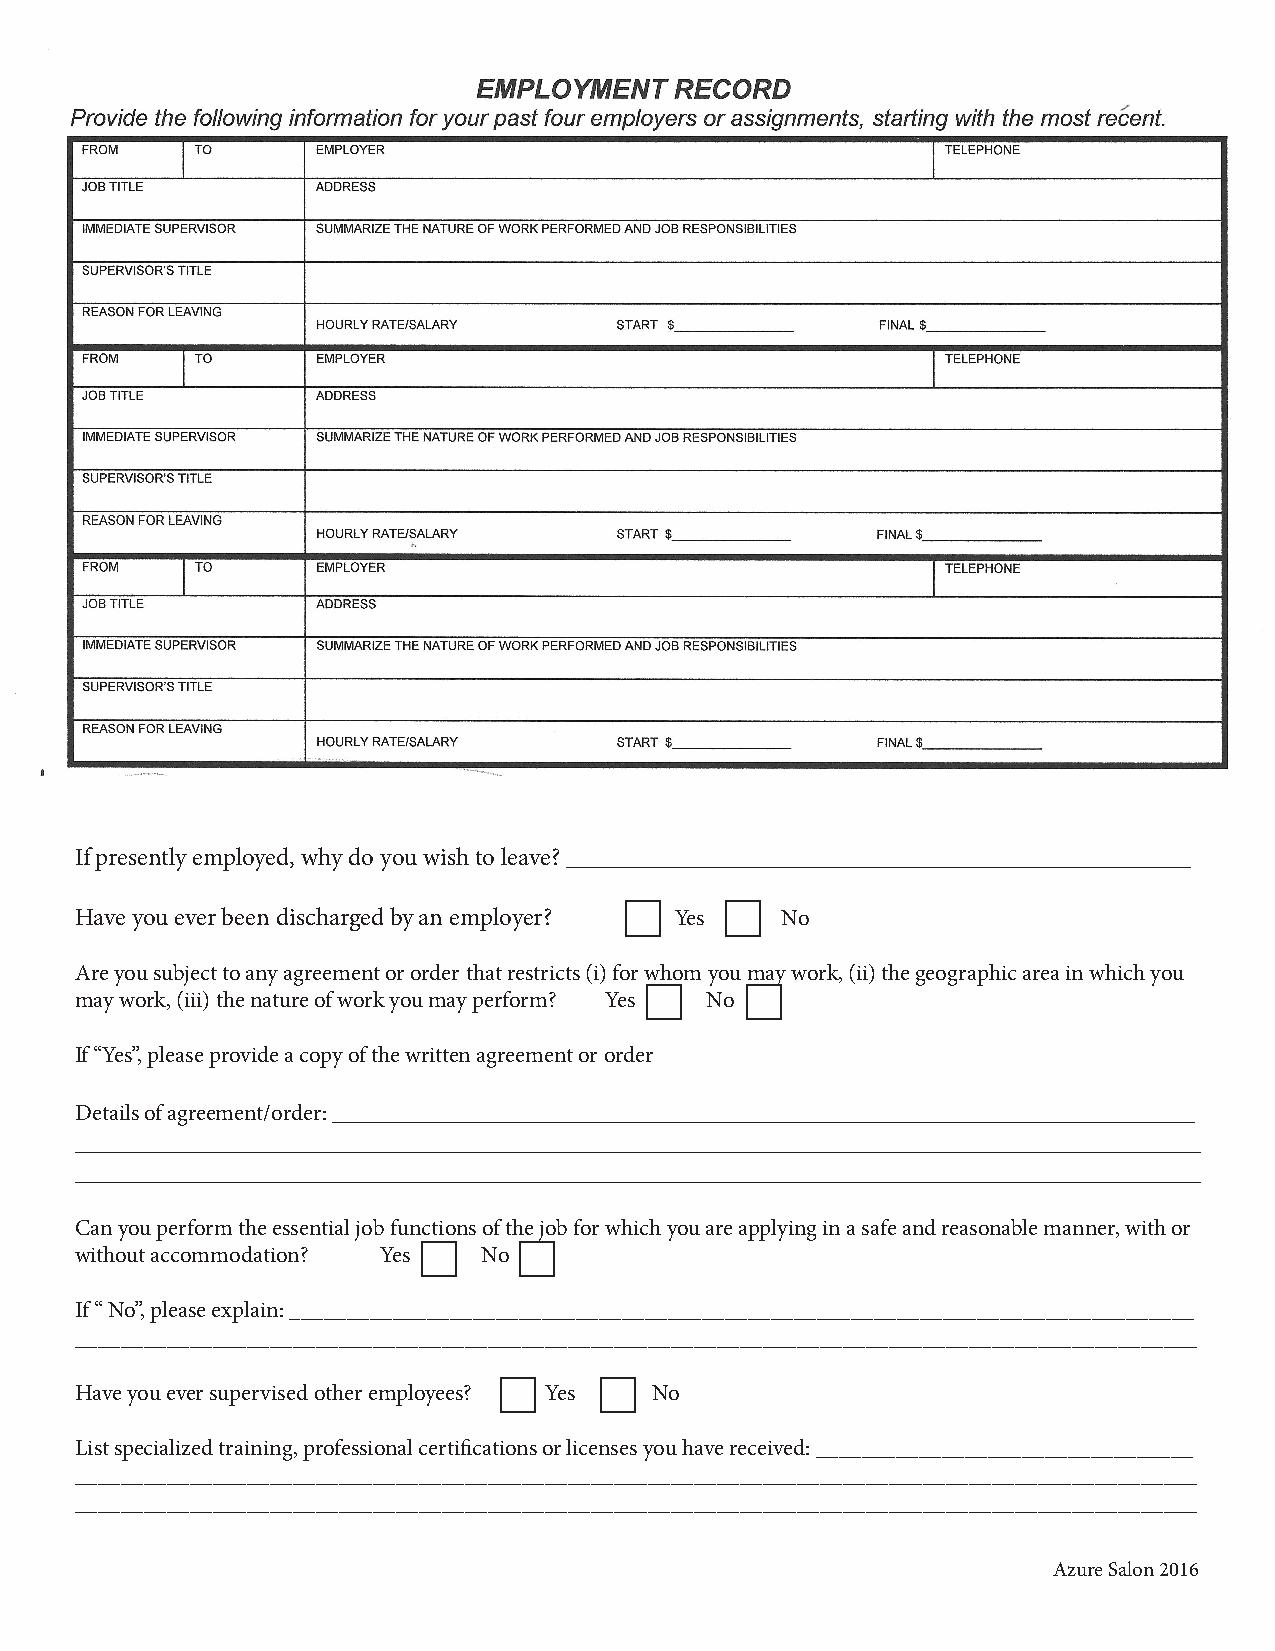
If presently employed, why do you wish to leave? __________________________________________________
 Have you ever been discharged by an employer? Yes No
 Are you subject to any agreement or order that restricts (i) for whom you may work, (ii) the geographic area in which you
 may work, (iii) the nature of work you may perform? Yes No
 If “Yes”, please provide a copy of the written agreement or order
 Details of agreement/order: _____________________________________________________________________
 __________________________________________________________________________________________
 __________________________________________________________________________________________
 Can you perform the essential job functions of the job for which you are applying in a safe and reasonable manner, with or
 without accommodation? Yes No
 If “ No”, please explain: _______________________________________________________________________________
 __________________________________________________________________________________________________
 Have you ever supervised other employees? Yes No
 List specialized training, professional certifications or licenses you have received: _________________________________
 __________________________________________________________________________________________________
 __________________________________________________________________________________________________
 Azure Salon 2016